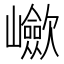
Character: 𡾴